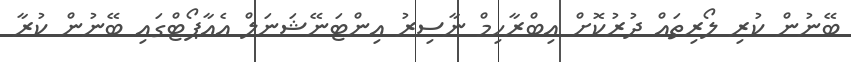
ބޭނުން ކުރި ލޯރިތައް ދުރުކޮށް އިބްރާހިމް ނާސިރު އިންޓަނޭޝަނަލް އެއާޕޯޓްގައި ބޭނުން ކުރާ